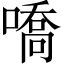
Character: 嘺